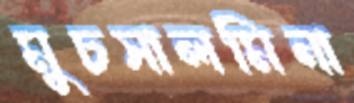
মুচসালমিনা